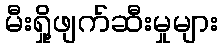
မီးရှို့ဖျက်ဆီးမှုများ